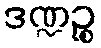
ဒဏ္ဍဉ္စ